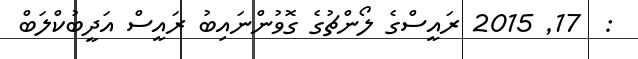
:  17